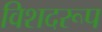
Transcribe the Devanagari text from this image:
विशदरूप